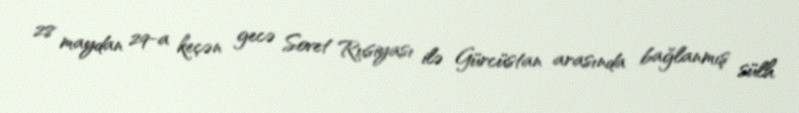
28 maydan 29-a keçən gecə Sovet Rusiyası ilə Gürcüstan arasında bağlanmış sülh